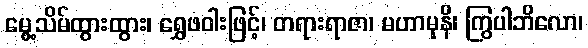
မွေ့သိမ်ထွားထွား၊ ရွှေဖဝါးဖြင့်၊ တရားရာဇာ၊ မဟာမုနိ၊ ကြွပါဘိလော၊